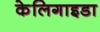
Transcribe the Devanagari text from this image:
केलिगाइडा